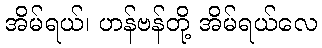
အိမ်ရယ်၊ ဟန်ဗန်တို့ အိမ်ရယ်လေ